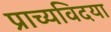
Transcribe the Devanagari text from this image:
प्राच्यविदया